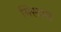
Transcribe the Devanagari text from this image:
मिस्टाल